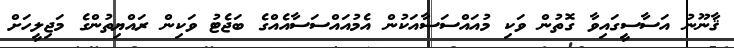
ޤާނޫނު އަސާސީގައިވާ ގޮތުން ވަކި މުއައްސަސާއަކުން އެމުއައްސަސާއެއްގެ ބަޖެޓު ވަކިން ރައްޔިތުންގެ މަޖިލީހަށް